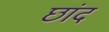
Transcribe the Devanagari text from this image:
छांद